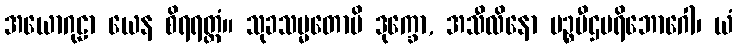
အယောဂုဠာ ယေန စိရရတ္တံ။ သုခသမ္မတောပိ ဒုက္ခော, အသီလိနော မဉ္စပီဌပရိဘောဂေါ၊ ယံ